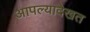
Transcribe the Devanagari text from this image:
आपल्यादेखत